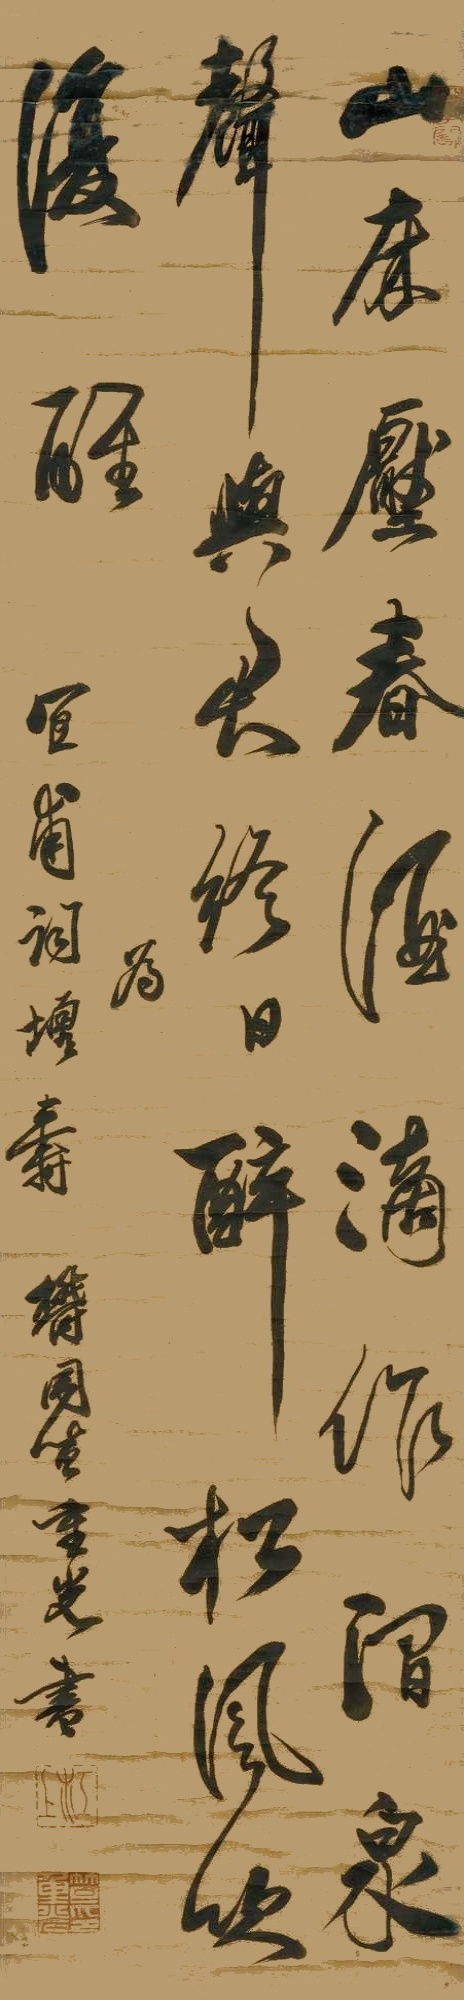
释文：山床压春酒，滴作涧泉声。与君终日醉，松风吹复醒。为宜甫词增寿，郁冈笪重光书。